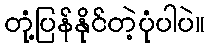
တုံ့ပြန်နိုင်တဲ့ပုံပါပဲ။